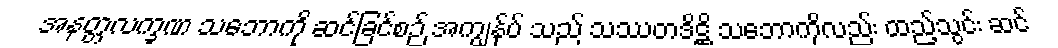
အနတ္တလက္ခဏ သဘောကို ဆင်ခြင်စဉ် အကျွန်ုပ် သည် သဿတဒိဋ္ဌိ သဘောကိုလည်း ထည့်သွင်း ဆင်